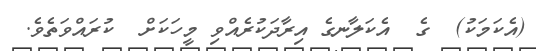
(އެކަމަކު)  ގެ  އެކަލާނގެ އިރާދަކުރެއްވި މީހަކަށް  ކުރައްވަތެވެ.